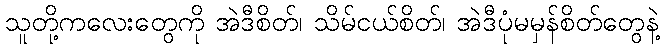
သူတို့ကလေးတွေကို အဲဒီစိတ်၊ သိမ်ငယ်စိတ်၊ အဲဒီပုံမမှန်စိတ်တွေနဲ့